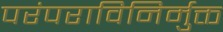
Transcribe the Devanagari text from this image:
परंपराविनिर्मुक्त